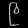
Digit: ၉